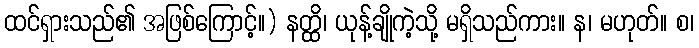
ထင်ရှားသည်၏ အဖြစ်ကြောင့်။) နတ္ထိ၊ ယုန့်ချိုကဲ့သို့ မရှိသည်ကား။ န၊ မဟုတ်။ စ၊